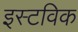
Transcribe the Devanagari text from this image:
इस्टविक